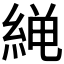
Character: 𫃨